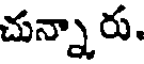
చున్నా రు.